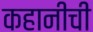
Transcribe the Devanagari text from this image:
कहानीची